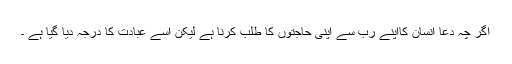
اگر چہ دعا انسان کااپنے رب سے اپنی حاجتوں کا طلب کرنا ہے لیکن اسے عبادت کا درجہ دیا گیا ہے ۔